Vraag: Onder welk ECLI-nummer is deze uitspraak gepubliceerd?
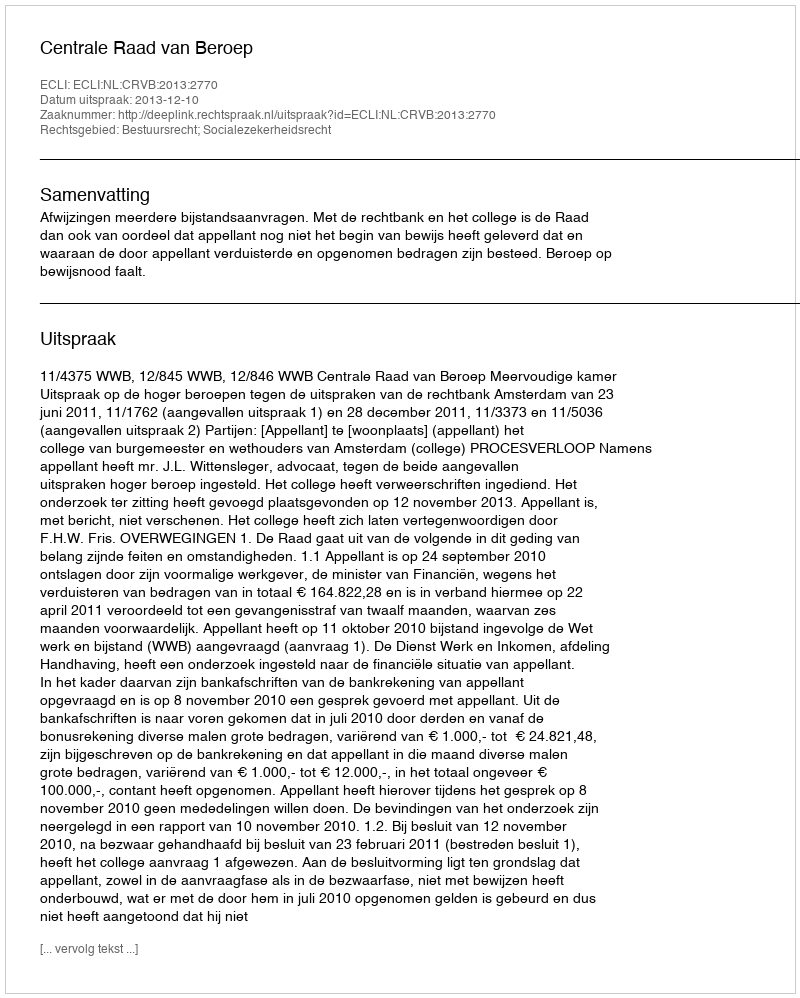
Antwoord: ECLI:NL:CRVB:2013:2770